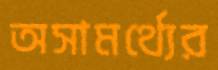
অসামর্থ্যের